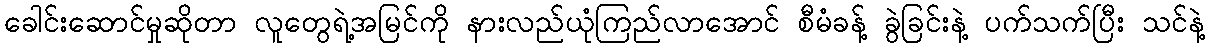
ခေါင်းဆောင်မှုဆိုတာ လူတွေရဲ့အမြင်ကို နားလည်ယုံကြည်လာအောင် စီမံခန့် ခွဲခြင်းနဲ့ ပက်သက်ပြီး သင်နဲ့